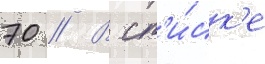
70 // В сп'и́ск'е